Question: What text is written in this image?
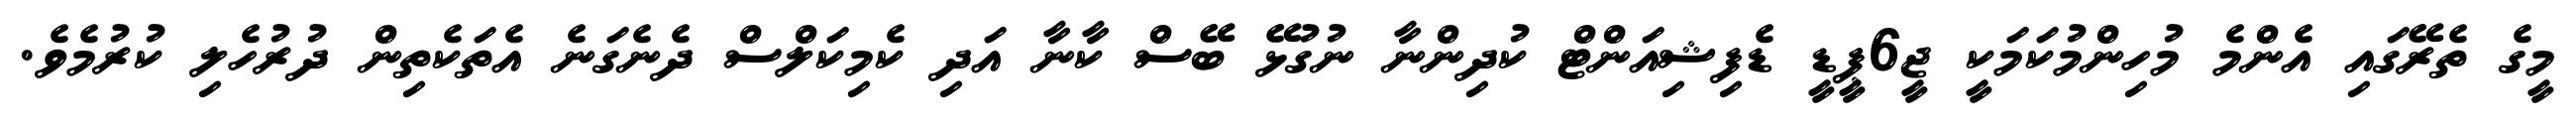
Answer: މީގެ ތެރޭގައި އެންމެ މުހިންމުކަމަކީ ޖީ6ޕީޑީ ޑެފިޝިއަންޓް ކުދިންނާ ނުގުޅޭ ބޭސް ކާނާ އަދި ކެމިކަލްސް ދެނެގަނެ އެތަކެތިން ދުރުހެލި ކުރުމެވެ.